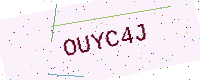
Text: OUYC4J